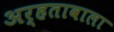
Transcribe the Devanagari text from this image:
अर्हतावाला